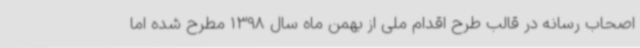
اصحاب رسانه در قالب طرح اقدام ملی از بهمن ماه سال 1398 مطرح شده اما